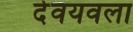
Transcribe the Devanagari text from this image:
देवयवला